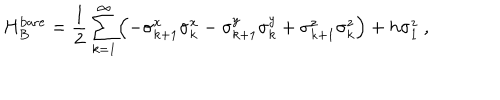
LaTeX: H _ { B } ^ { \mathrm { b a r e } } = \frac { 1 } { 2 } \sum _ { k = 1 } ^ { \infty } \Bigl ( - \sigma _ { k + 1 } ^ { x } \sigma _ { k } ^ { x } - \sigma _ { k + 1 } ^ { y } \sigma _ { k } ^ { y } + \sigma _ { k + 1 } ^ { z } \sigma _ { k } ^ { z } \Bigr ) + h \sigma _ { 1 } ^ { z } ~ ,